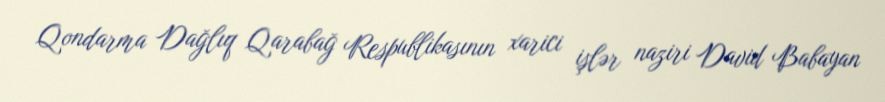
Qondarma Dağlıq Qarabağ Respublikasının xarici işlər naziri David Babayan